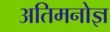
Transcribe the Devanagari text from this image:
अतिमनोज्ञ